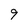
Character: 9